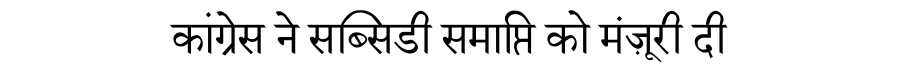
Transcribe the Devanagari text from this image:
कांग्रेस ने सब्सिडी समाप्ति को मंज़ूरी दी